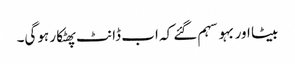
بیٹا اور بہو سہم گئے کہ اب ڈانٹ پھٹکار ہوگی۔